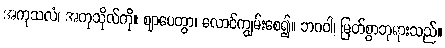
အကုသလံ၊ အကုသိုလ်ကို။ ဈာပေတွာ၊ လောင်ကျွမ်းစေ၍။ ဘဂဝါ၊ မြတ်စွာဘုရားသည်။